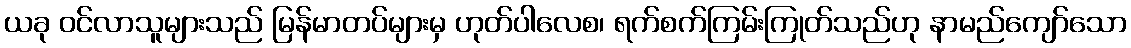
ယခု ဝင်လာသူများသည် မြန်မာတပ်များမှ ဟုတ်ပါလေစ၊ ရက်စက်ကြမ်းကြုတ်သည်ဟု နာမည်ကျော်သော